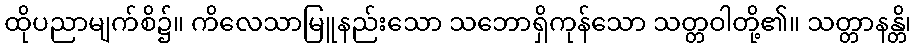
ထိုပညာမျက်စိ၌။ ကိလေသာမြူနည်းသော သဘောရှိကုန်သော သတ္တဝါတို့၏။ သတ္တာနန္တိ၊